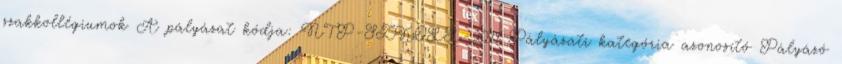
szakkollégiumok A pályázat kódja: NTP-SZKOLL-2011 Pályázati kategória azonosító Pályázó